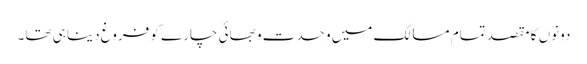
دونوں کا مقصد تمام مسالک میں وحدت و بھائی چارے کو فروغ دینا ہی تھا۔